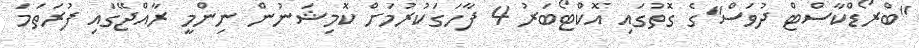
"ބްރޯޑްކާސްޓް ދުވަސް"ގެ ގޮތުގައި އޮކްޓޯބަރު 4 ފާހަގަކުރުމަށް ކޮމިޝަނުން ނިންމީ ރާއްޖޭގައި ފުރަތަމަ